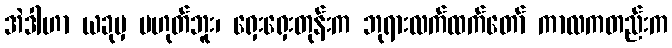
အဲဒါဟာ ယခုမှ မဟုတ်ဘူး၊ ရှေးရှေးတုန်းက ဘုရားလက်ထက်တော် ကာလကတည်းက